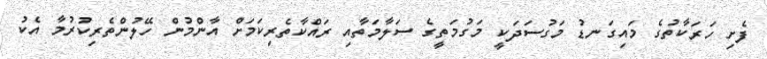
ފެށި ހަރަކާތުގެ މައިގަނޑު މަގުސަދަކީ މަގުމަތީގެ ސަލާމަތާއި ރައްކާތެރިކަމަށް އާންމުން ހޭލުންތެރިކުރުމާ އެކު